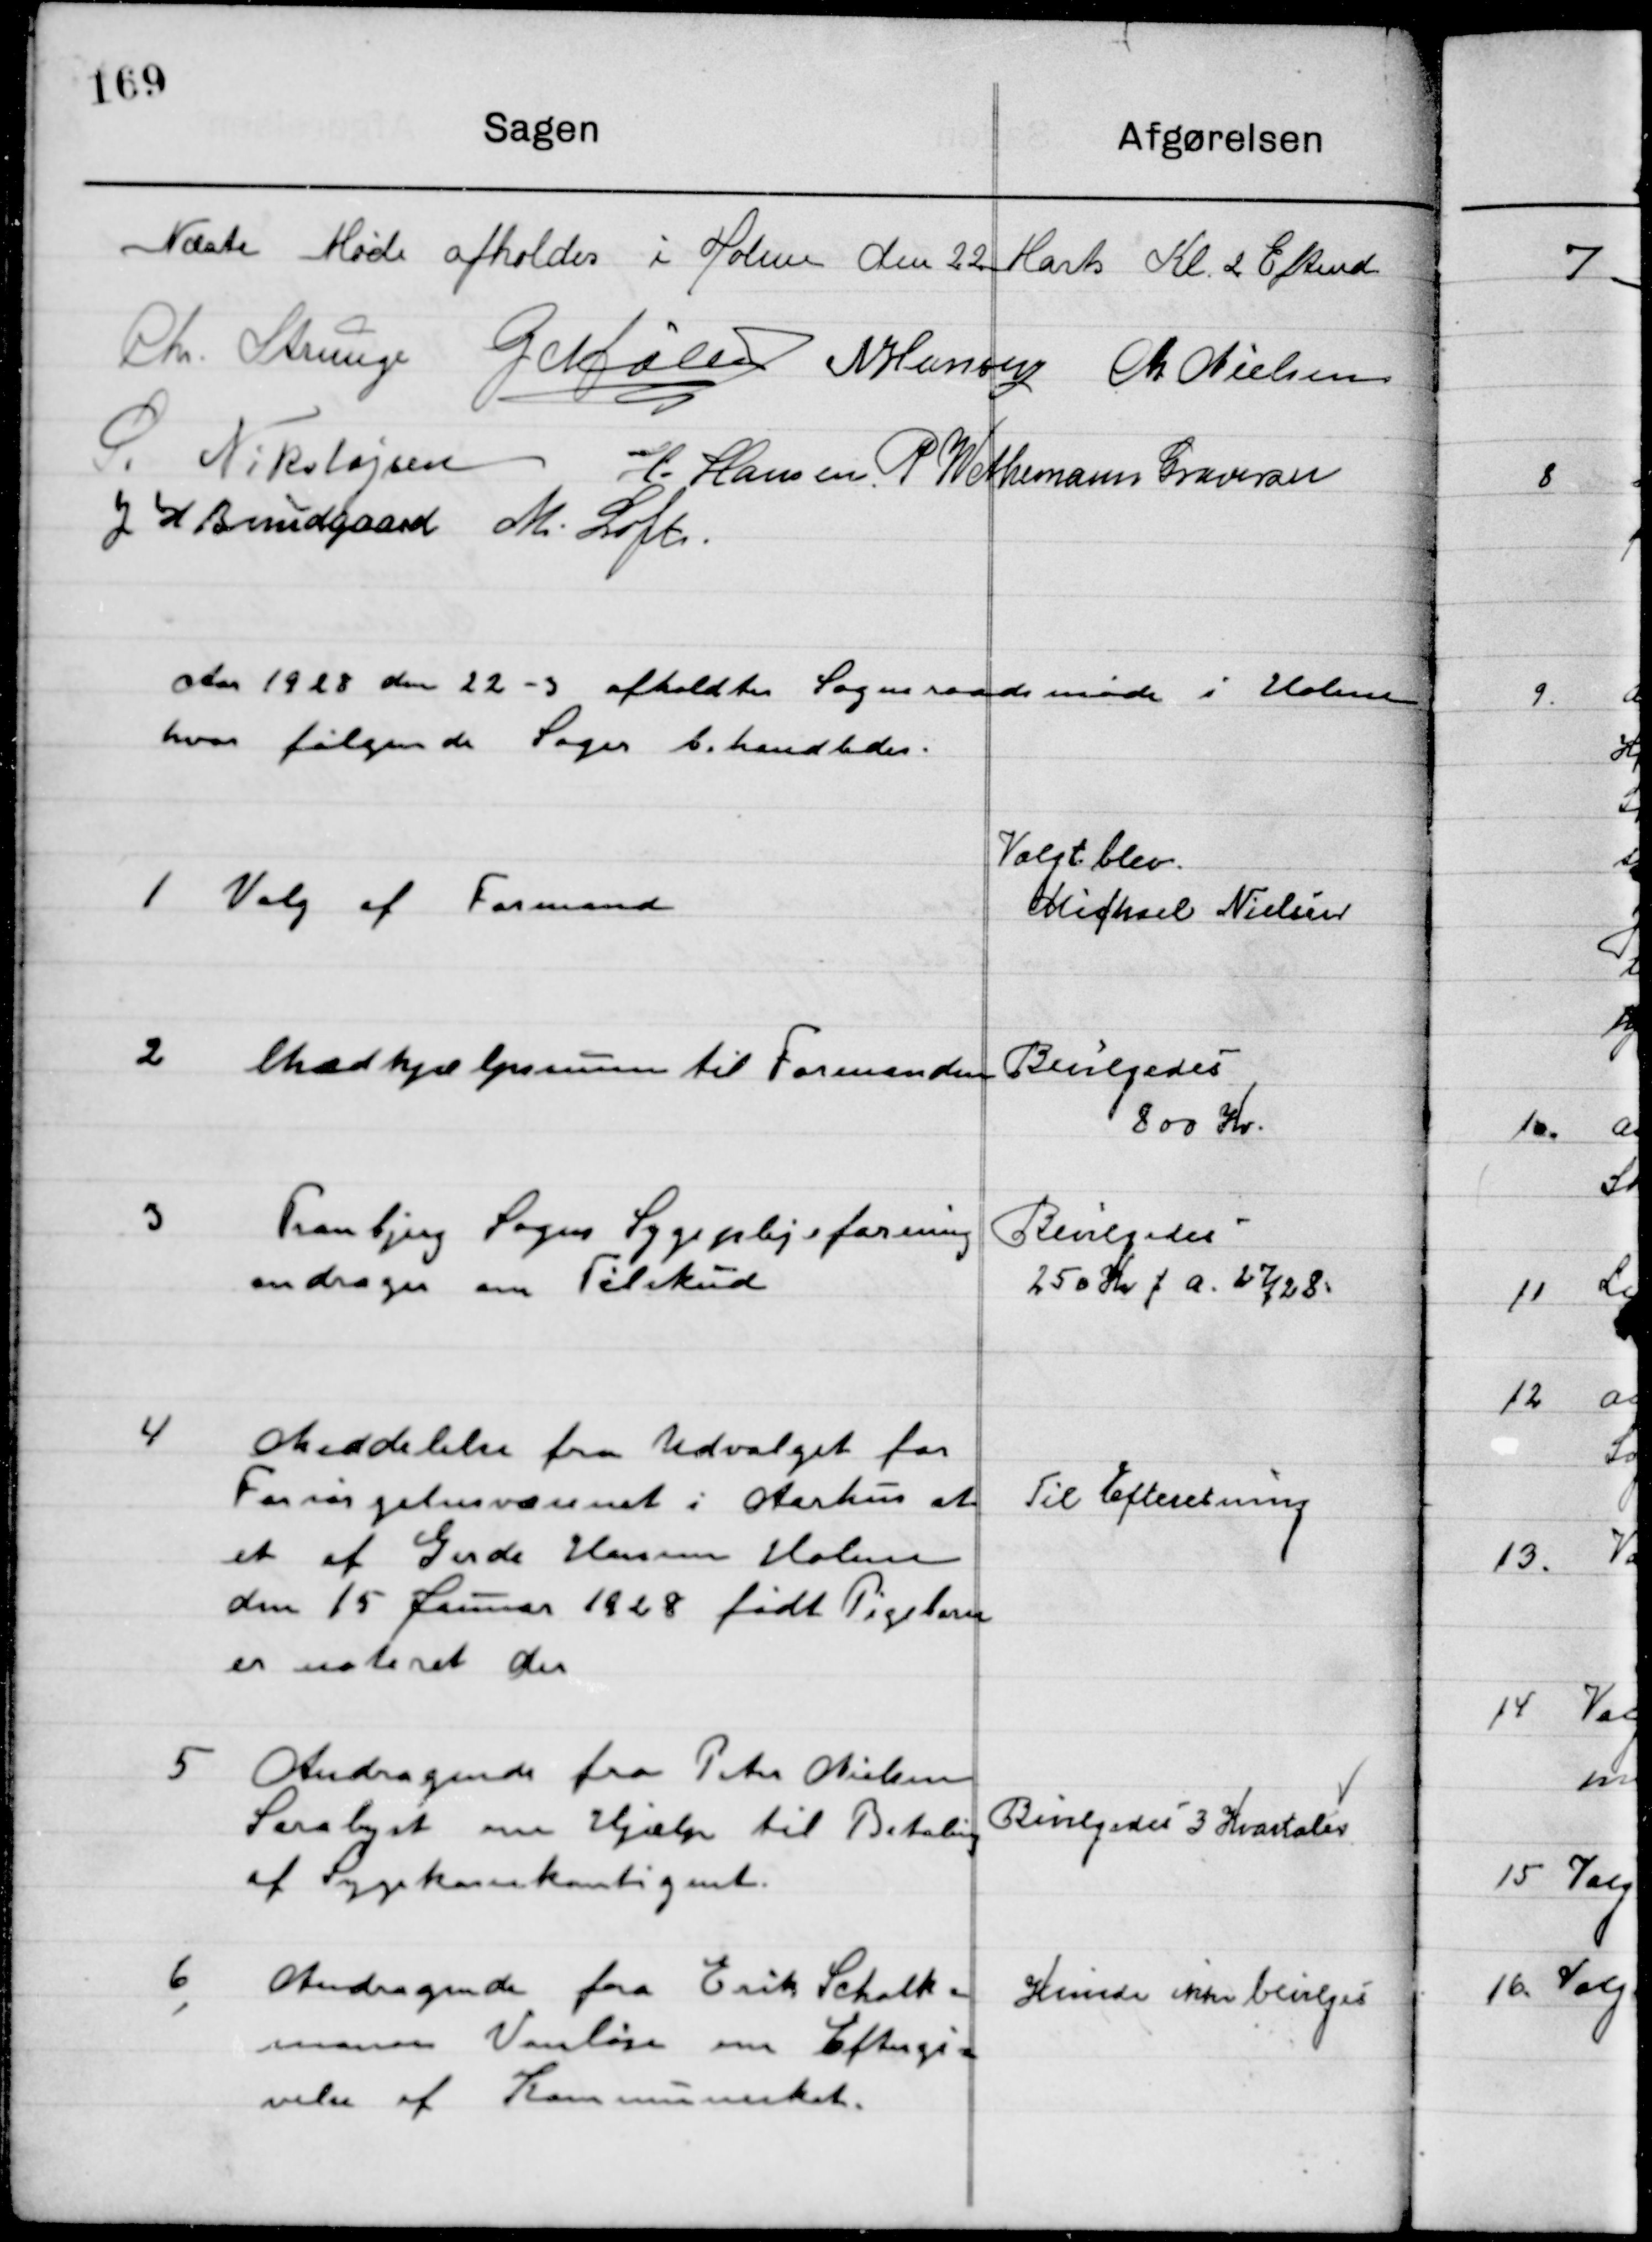
Transskription:
Næste Møde afholdes i Holme den 22 Marts Kl. 2 Eftermd.

Chr. Strunge
G. Møller
N. Hansen
M. Nielsen
S. Nikolajsen
H. Hansen
G. W. Neumann Graversen
J. H. Bundgaard
M. Loft

Aaret 1928 den 22-3 afholdtes Sogneraadsmøde i Holme 
hvor følgende Sager behandledes.

1

Valg af Formand

Valgt blev
Michael Nielsen

2

hjælpesummen til Formanden

Bevilgedes
800 Kr.

3

Tranbjerg Sogns Sygeplejeforening
Andrager om Tilskud.

Bevilgedes 
250 Kr. f. a. 27 / 28

4

Meddelelse fra Udvalget for 
Forsørgelsesvæsenet i Aarhus at 
et af Gerda Hansen Holme
Den 15 Januar 1928 født Pigebarn
er noteret der.

Til Efterretning

5

Andragende fra Peter Nielsen
Saralyst om Hjælp til Betaling
af Sygekassekontingent.

Bevilgedes 3 Kvartaler

6

Andragende fra Erik Schalk
mann Vanløse om Eftergi-
velse af Kommuneskat.

Kunde ikke bevilges